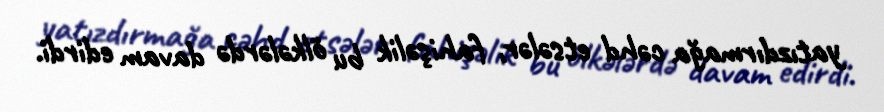
yatızdırmağa cəhd etsələr, fahişəlik bu ölkələrdə davam edirdi.